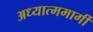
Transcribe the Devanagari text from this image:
अध्यात्ममार्गी